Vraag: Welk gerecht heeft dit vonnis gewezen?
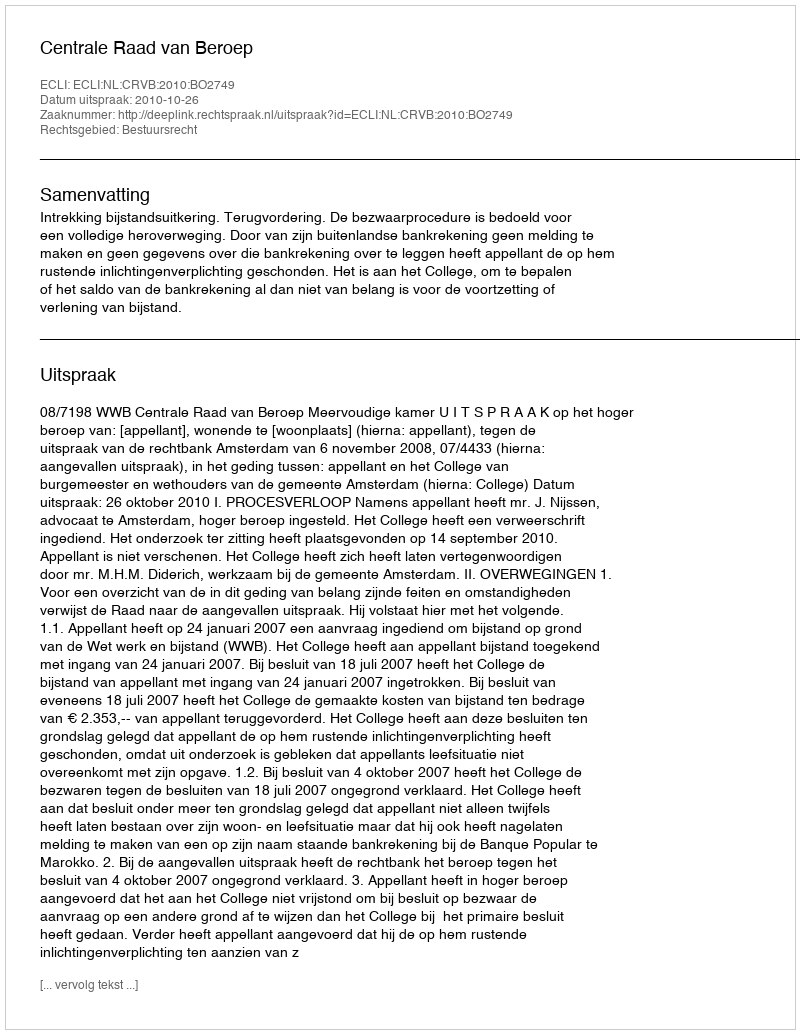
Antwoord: Centrale Raad van Beroep